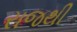
રાજથી